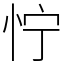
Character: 㤖